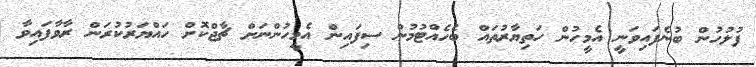
ފުލުހުން ބުނެފައިވަނީ އެމީހުން ހަތިޔާރުތައް ބެހެއްޓުމުން ސިފައިން އެމީހުންނަށް ޗާޖްކޮށް ހައްޔަރުކުރަން ރާވާފައިވާ